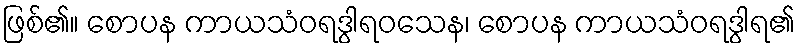
ဖြစ်၏။ စောပန ကာယသံဝရဒွါရဝသေန၊ စောပန ကာယသံဝရဒွါရ၏